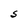
Character: S